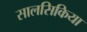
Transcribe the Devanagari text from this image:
सालसिकिया